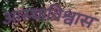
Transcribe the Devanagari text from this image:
आस्थाविश्वास